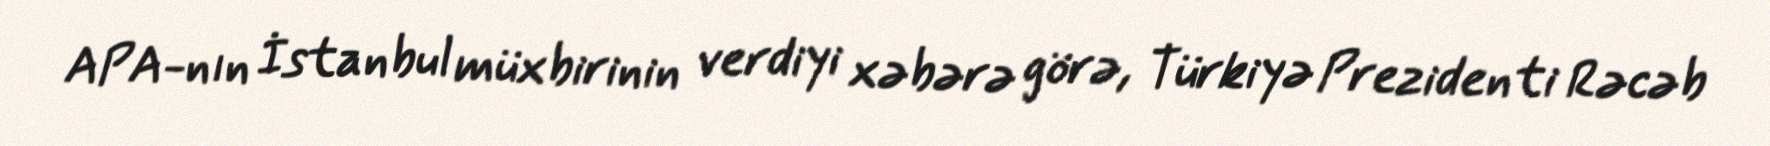
APA-nın İstanbul müxbirinin verdiyi xəbərə görə, Türkiyə Prezidenti Rəcəb